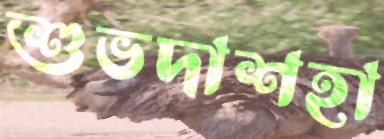
শুভদাশহা